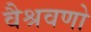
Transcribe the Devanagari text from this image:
वैश्रवणो